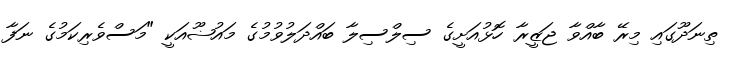
ތިނަދޫގައި މިރޭ ބާއްވާ ޖަޒީރާ ހޮޅުއަށީގެ ސިލްސިލާ ބައްދަލުވުމުގެ މައުޟޫއަކީ "މަސްވެރިކަމުގެ ނަފާ